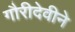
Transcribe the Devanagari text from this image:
गौरीदेवीने